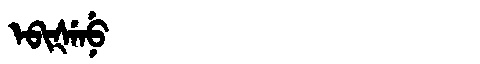
Manchu: ᡝᠪᡳᡧᡝᠨᡠ
Romanization: EBIŠENU